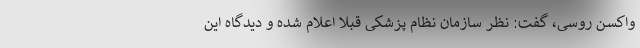
واکسن روسی، گفت: نظر سازمان نظام پزشکی قبلا اعلام شده و دیدگاه این